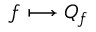
f \longmapsto Q _ { f } ~